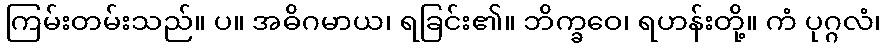
ကြမ်းတမ်းသည်။ ပ။ အဓိဂမာယ၊ ရခြင်း၏။ ဘိက္ခဝေ၊ ရဟန်းတို့။ ကံ ပုဂ္ဂလံ၊